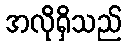
အလိုရှိသည်